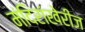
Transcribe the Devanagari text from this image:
मंदिरांखेरीज